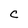
Character: C